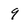
Character: 9